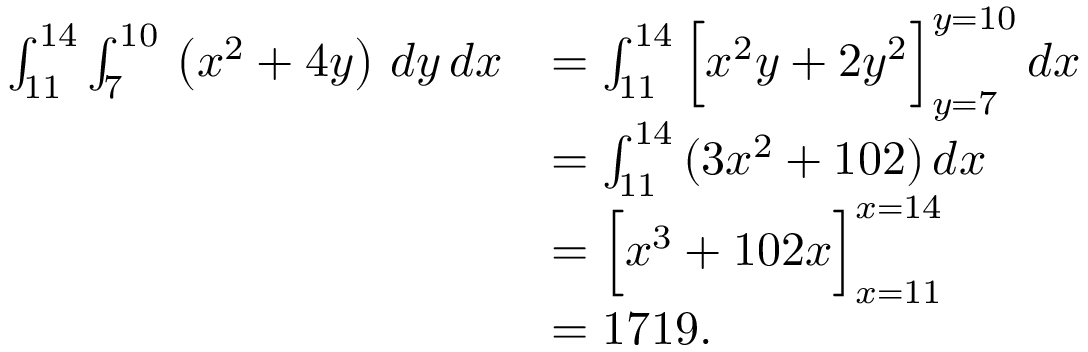
{ \begin{array} { r l } { \int _ { 1 1 } ^ { 1 4 } \int _ { 7 } ^ { 1 0 } \, \left( x ^ { 2 } + 4 y \right) \, d y \, d x } & { = \int _ { 1 1 } ^ { 1 4 } { \Big [ } x ^ { 2 } y + 2 y ^ { 2 } { \Big ] } _ { y = 7 } ^ { y = 1 0 } \, d x } \\ & { = \int _ { 1 1 } ^ { 1 4 } \, ( 3 x ^ { 2 } + 1 0 2 ) \, d x } \\ & { = { \Big [ } x ^ { 3 } + 1 0 2 x { \Big ] } _ { x = 1 1 } ^ { x = 1 4 } } \\ & { = 1 7 1 9 . } \end{array} }